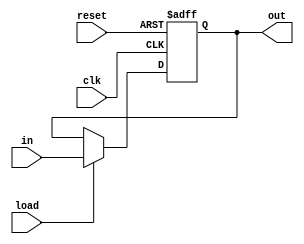
module register(clk,reset,in,load,out);
   
 input clk,reset;
 input [7:0] in;
 input load;
 
 output [7:0] out;
 
 reg [7:0] out;
 
 always @(posedge clk,posedge reset)
 begin
 if(reset)
 out <= 0;
 else if(load)
 out <= in;
 else
 out <= out;
 end

endmodule